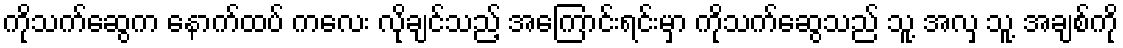
ကိုသက်ဆွေက နောက်ထပ် ကလေး လိုချင်သည့် အကြောင်းရင်းမှာ ကိုသက်ဆွေသည် သူ့ အလှ သူ့ အချစ်ကို